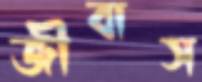
জীবাস